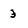
Character: 3